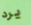
يرد